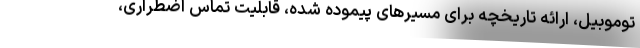
توموبیل، ارائه تاریخچه برای مسیرهای پیموده شده، قابلیت تماس اضطراری،